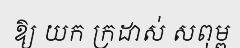
ឱ្យ យក ក្រដាស់ សពុម្ព